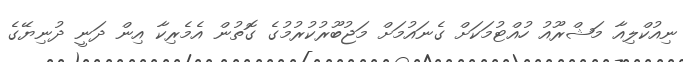
ނިއުކްލިއާ މަޝްރޫއު ހުއްޓުމަކަށް ގެނައުމަށް މަޖުބޫރުކުރުމުގެ ގޮތުން އެމެރިކާ އިން ދަނީ ދުނިޔޭގެ